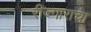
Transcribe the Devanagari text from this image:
रीज्गाराचा